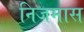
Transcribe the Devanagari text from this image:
निजमास